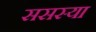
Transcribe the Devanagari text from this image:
ससस्या